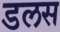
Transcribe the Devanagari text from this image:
डलस